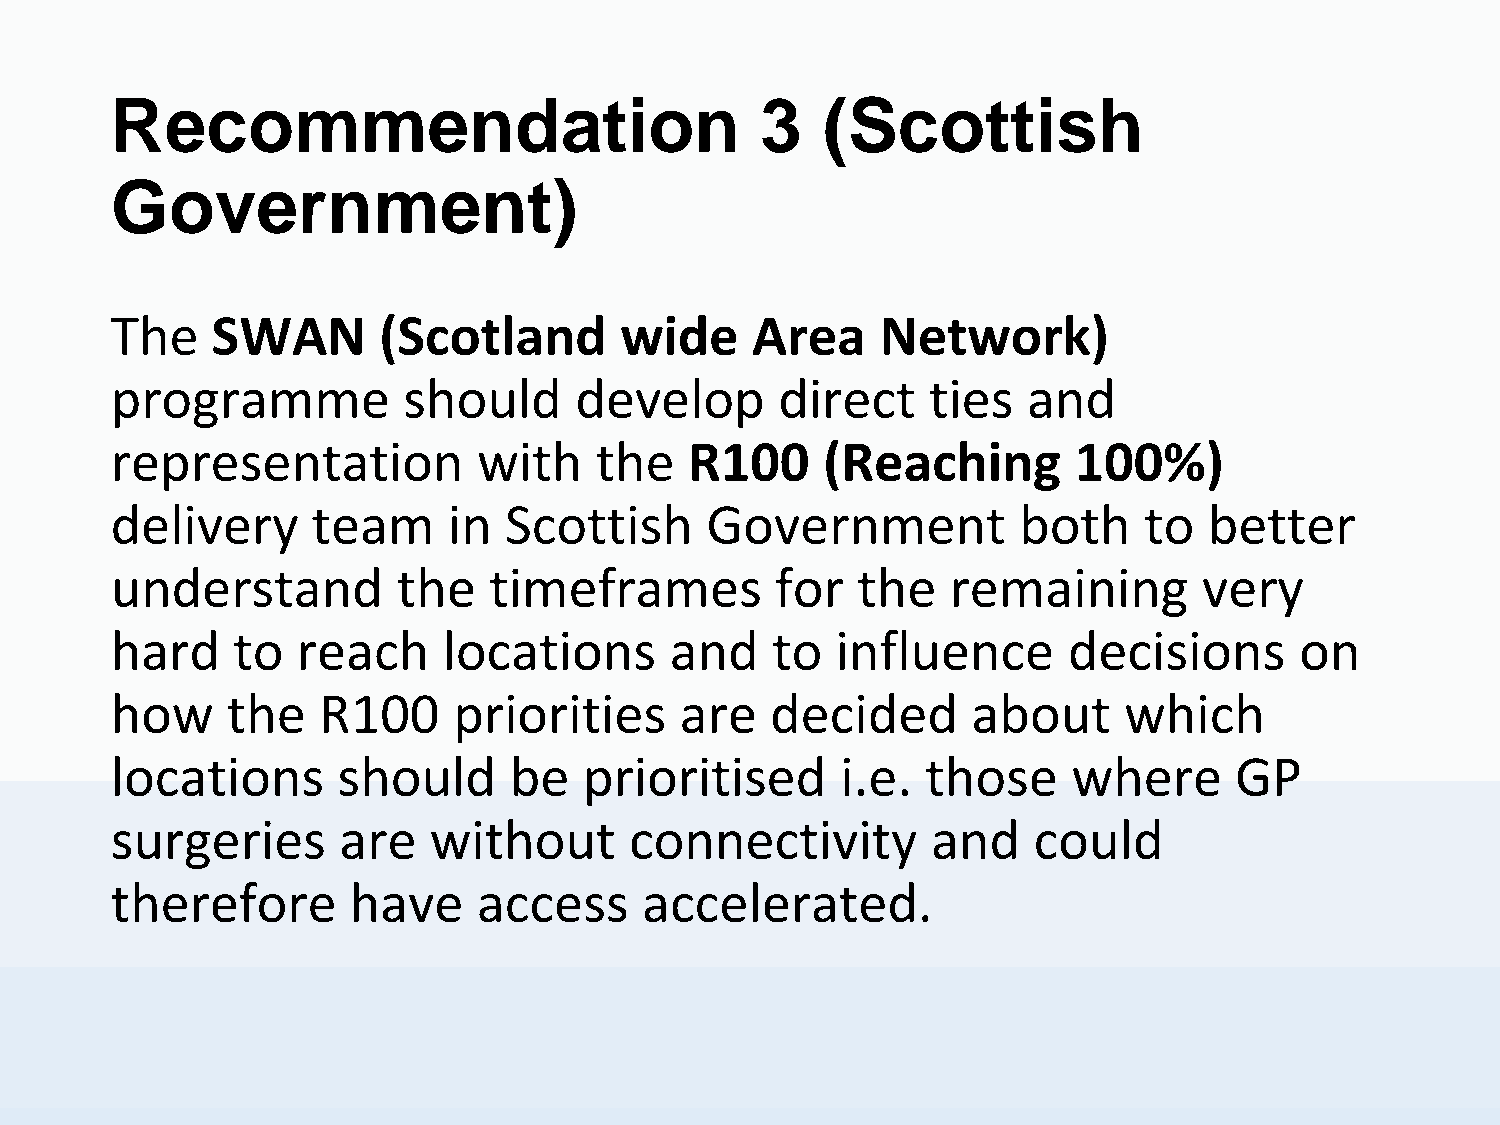
Recommendation                             3   (Scottish
 Government)
 The    SWAN       (Scotland       wide     Area    Network)
 programme           should     develop       direct    ties  and
 representation           with   the    R100     (Reaching       100%)
 delivery      team     in Scottish      Government          both     to  better
 understand         the   timeframes         for   the   remaining        very
 hard    to   reach    locations      and    to  influence       decisions      on
 how     the   R100     priorities     are   decided      about     which
 locations      should      be   prioritised      i.e. those     where      GP
 surgeries      are   without       connectivity        and   could
 therefore       have     access     accelerated.